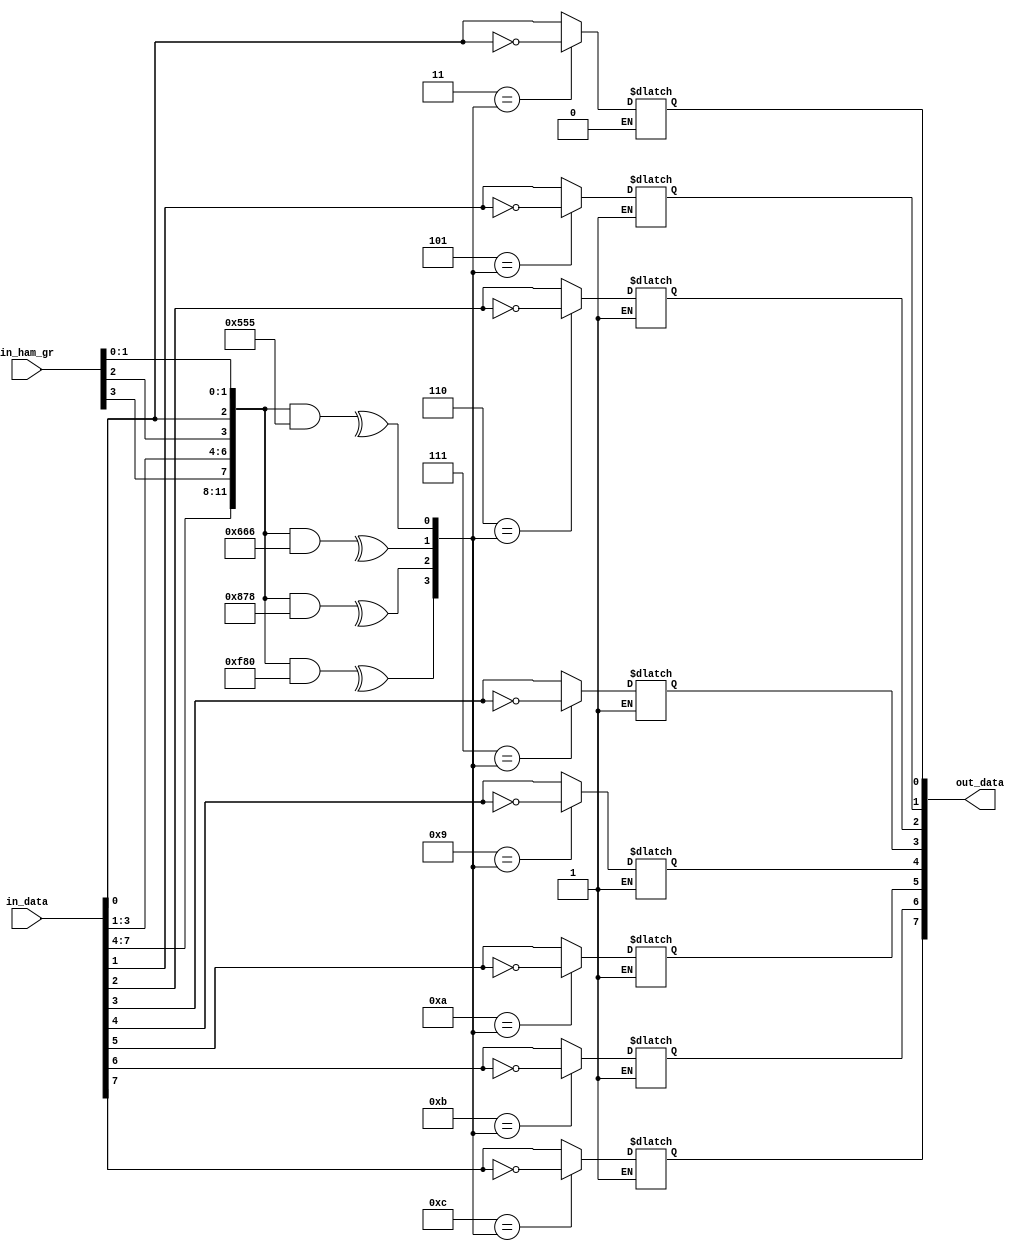
// Code your design here
module ecc(
	in_data,
  	in_ham_gr,
  	out_data,
);
  
  parameter DATA_WIDTH = 8;
  
  parameter DATA_W_LOG = $clog2(DATA_WIDTH);
  parameter HAMMING_GROUP = DATA_W_LOG+(DATA_WIDTH+DATA_W_LOG)/(2**DATA_W_LOG);
  
  
  
  output reg	[DATA_WIDTH-1: 0]					out_data;
	
  input			[DATA_WIDTH-1 : 0] 					in_data;
  input			[HAMMING_GROUP-1 : 0]				in_ham_gr;
  
  reg			[DATA_WIDTH+HAMMING_GROUP-1:0]		conv_in_data;
  reg			[DATA_WIDTH+HAMMING_GROUP-1:0]		corrected_data;
  reg			[HAMMING_GROUP-1 : 0]				c_hamm_gr;
  wire												single_error;
  
  reg			[DATA_WIDTH+HAMMING_GROUP-1:0]		hamm_arr 			[HAMMING_GROUP-1 : 0];

  assign single_error = |c_hamm_gr;

  task build_mask;
  integer i;
  integer j;
  begin
		hamm_arr[0] = 32'd0;
		
		 for(i = 0; i < HAMMING_GROUP; i = i+1)
		 begin
			hamm_arr[i] = 0;
			for(j = 1; j < DATA_WIDTH+HAMMING_GROUP+1; j = j + 1)
			  if(j[i])
				hamm_arr[i] = hamm_arr[i]|(1 << (j-1)); 
		 end
  end	 
  endtask

  integer a;
  integer h = 0;
  integer d = 0;
  integer number_d = 0;
  integer curr_d = 0;
  
  initial begin
	build_mask();
  end
  
  always @ *
    begin	: build_convinient_data_form
      for(a = 1; a <= DATA_WIDTH+HAMMING_GROUP; a = a + 1)
        begin
          if(!h)
            begin
            	conv_in_data[a-1] <= in_ham_gr[h];
              	h = h + 1;
            end
          else if(!curr_d)
            begin
              conv_in_data[a-1] <= in_ham_gr[h];
              h = h+1;
              number_d = number_d*2+1;
              curr_d = number_d;
            end
          else
            begin
              conv_in_data[a-1] <= in_data[d];
			  out_data[d] = corrected_data[a-1];
              curr_d = curr_d -1;
              d = d + 1;
            end
        end
      	h = 0;
   		d = 0;
  		number_d = 0;
 		curr_d = 0;
    end 
	
	integer h_g;
	
	always@ *
	begin
		for(h_g = 0; h_g < HAMMING_GROUP; h_g = h_g + 1)
		begin
			c_hamm_gr[h_g] =  ^(conv_in_data&hamm_arr[h_g][DATA_WIDTH+HAMMING_GROUP-1:0]);
		end
	end

integer t;

  always @ *
    begin	: correct_data
      for(t = 1; t < DATA_WIDTH+HAMMING_GROUP+1; t = t + 1)
      begin
		if(t == c_hamm_gr)
			corrected_data[t-1] = !conv_in_data[t-1];
		else
			corrected_data[t-1] = conv_in_data[t-1];
      end
    end 
	
endmodule